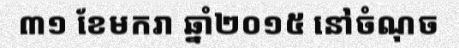
៣១ ខែមករា ឆ្នាំ២០១៥ នៅចំណុច